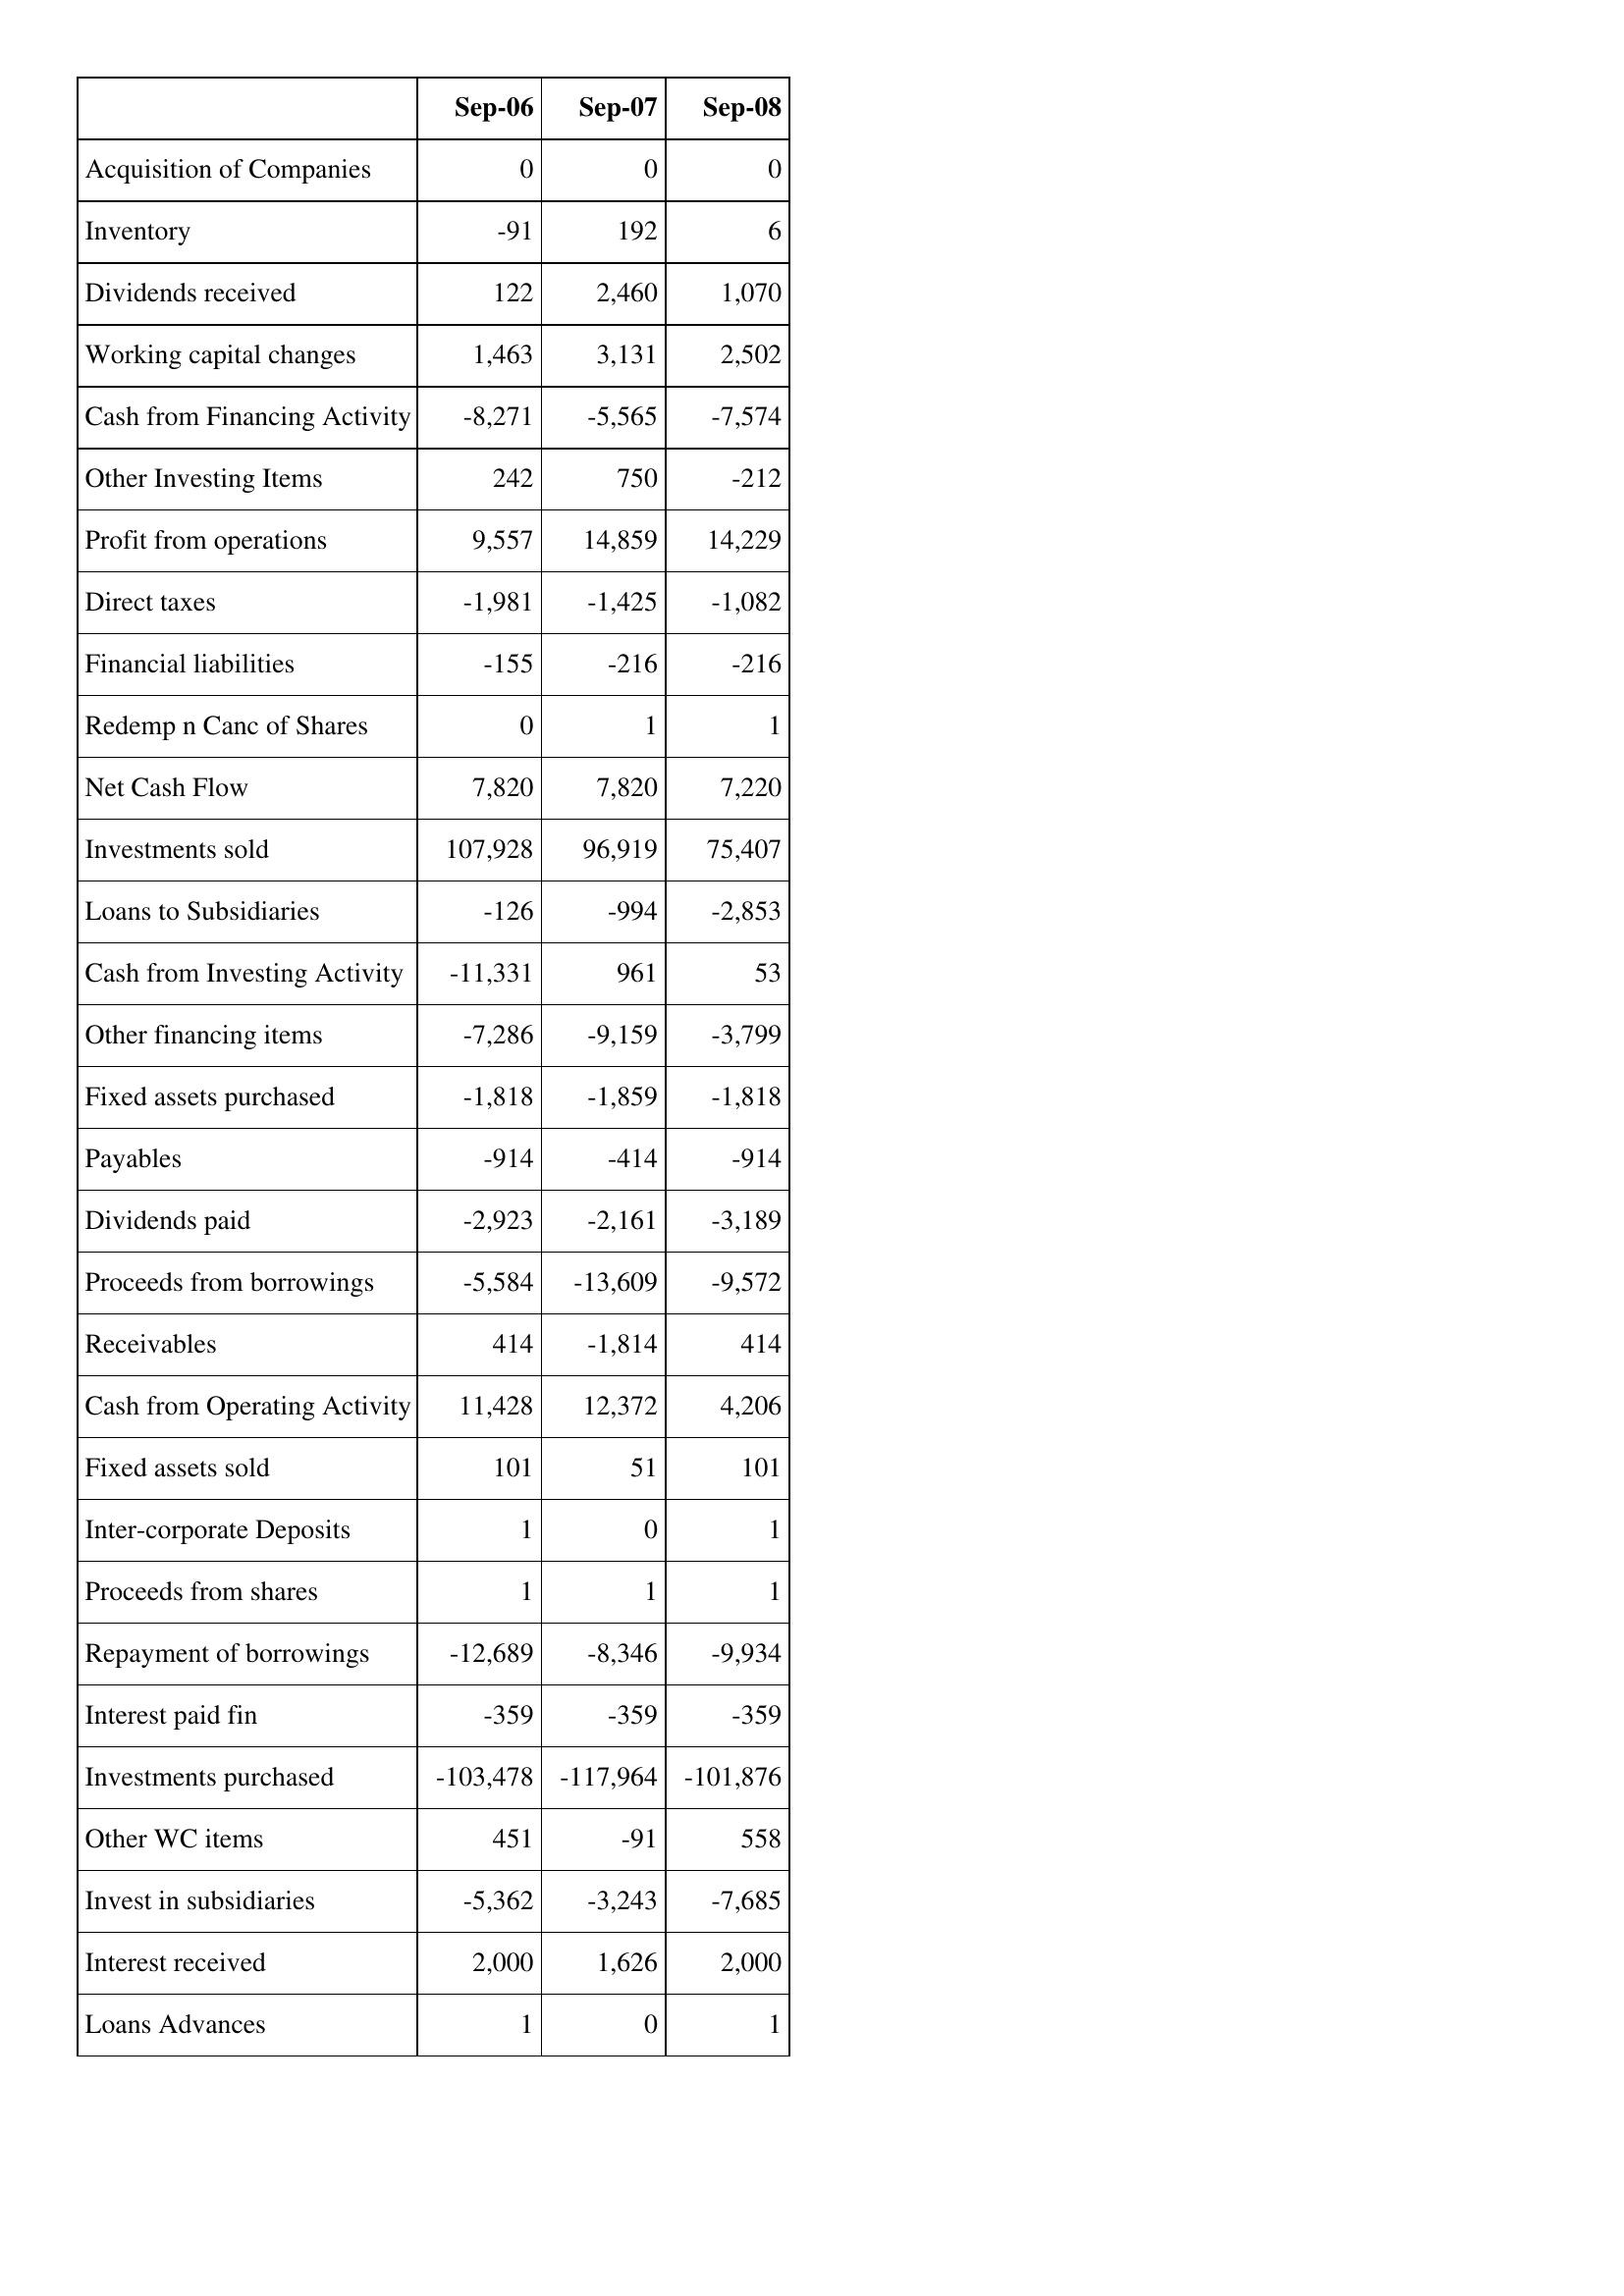
Sep-06: Cash Flows: Acquisition of Companies: 0
Inventory: -91
Dividends received: 122
Working capital changes: 1,463
Cash from Financing Activity: -8,271
Other Investing Items: 242
Profit from operations: 9,557
Direct taxes: -1,981
Financial liabilities: -155
Redemp n Canc of Shares: 0
Net Cash Flow: 7,820
Investments sold: 107,928
Loans to Subsidiaries: -126
Cash from Investing Activity: -11,331
Other financing items: -7,286
Fixed assets purchased: -1,818
Payables: -914
Dividends paid: -2,923
Proceeds from borrowings: -5,584
Receivables: 414
Cash from Operating Activity: 11,428
Fixed assets sold: 101
Inter-corporate Deposits: 1
Proceeds from shares: 1
Repayment of borrowings: -12,689
Interest paid fin: -359
Investments purchased: -103,478
Other WC items: 451
Invest in subsidiaries: -5,362
Interest received: 2,000
Loans Advances: 1
Sep-07: Cash Flows: Acquisition of Companies: 0
Inventory: 192
Dividends received: 2,460
Working capital changes: 3,131
Cash from Financing Activity: -5,565
Other Investing Items: 750
Profit from operations: 14,859
Direct taxes: -1,425
Financial liabilities: -216
Redemp n Canc of Shares: 1
Net Cash Flow: 7,820
Investments sold: 96,919
Loans to Subsidiaries: -994
Cash from Investing Activity: 961
Other financing items: -9,159
Fixed assets purchased: -1,859
Payables: -414
Dividends paid: -2,161
Proceeds from borrowings: -13,609
Receivables: -1,814
Cash from Operating Activity: 12,372
Fixed assets sold: 51
Inter-corporate Deposits: 0
Proceeds from shares: 1
Repayment of borrowings: -8,346
Interest paid fin: -359
Investments purchased: -117,964
Other WC items: -91
Invest in subsidiaries: -3,243
Interest received: 1,626
Loans Advances: 0
Sep-08: Cash Flows: Acquisition of Companies: 0
Inventory: 6
Dividends received: 1,070
Working capital changes: 2,502
Cash from Financing Activity: -7,574
Other Investing Items: -212
Profit from operations: 14,229
Direct taxes: -1,082
Financial liabilities: -216
Redemp n Canc of Shares: 1
Net Cash Flow: 7,220
Investments sold: 75,407
Loans to Subsidiaries: -2,853
Cash from Investing Activity: 53
Other financing items: -3,799
Fixed assets purchased: -1,818
Payables: -914
Dividends paid: -3,189
Proceeds from borrowings: -9,572
Receivables: 414
Cash from Operating Activity: 4,206
Fixed assets sold: 101
Inter-corporate Deposits: 1
Proceeds from shares: 1
Repayment of borrowings: -9,934
Interest paid fin: -359
Investments purchased: -101,876
Other WC items: 558
Invest in subsidiaries: -7,685
Interest received: 2,000
Loans Advances: 1